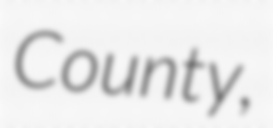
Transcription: County,